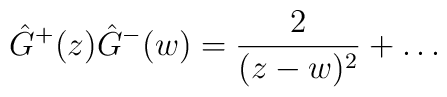
\hat G^+(z)\hat G^-(w) = \frac2{(z-w)^2}+\ldots